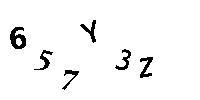
657Y3Z